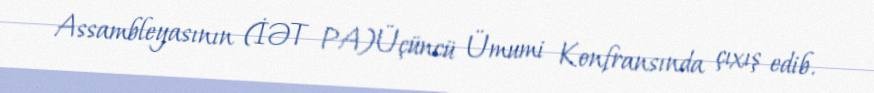
Assambleyasının (İƏT PA)Üçüncü Ümumi Konfransında çıxış edib.